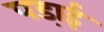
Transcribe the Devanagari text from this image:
पडा़ई